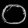
Digit: ၀